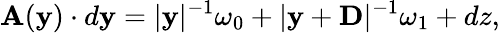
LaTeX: {\mathbf A}({\mathbf y})\cdot d{\mathbf y}=|{\mathbf y}|^{-1}\omega_{0}+|{\mathbf y}+{\mathbf D}|^{-1}\omega_{1}+dz,